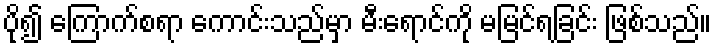
ပို၍ ကြောက်စရာ ကောင်းသည်မှာ မီးရောင်ကို မမြင်ရခြင်း ဖြစ်သည်။